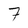
Character: 7